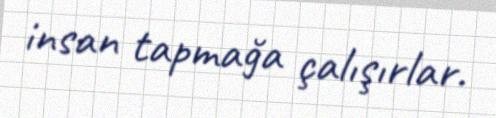
insan tapmağa çalışırlar.